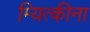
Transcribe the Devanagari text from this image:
म्यित्कीना